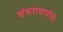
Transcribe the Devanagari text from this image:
शंकराचार्यांची